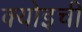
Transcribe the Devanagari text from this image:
क्योइची